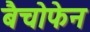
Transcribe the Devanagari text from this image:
बैचोफेन